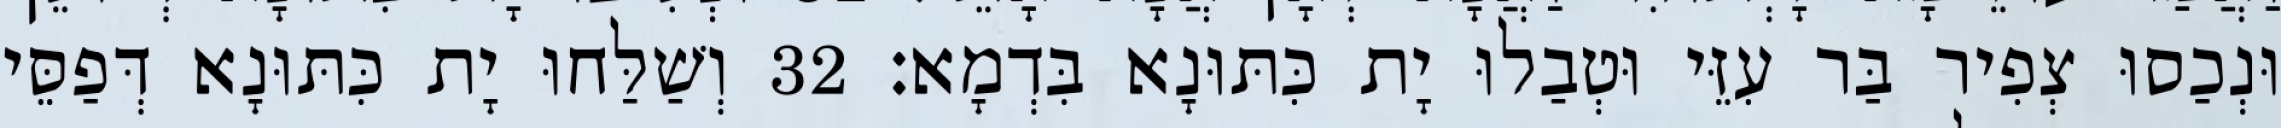
וּנְכַסוּ צְפִיר בַּר עִזֵּי וּטְבַלוּ יָת כִּתּוּנָא בִּדְמָא׃ 32 וְשַׁלַּחוּ יָת כִּתּוּנָא דְּפַסֵּי